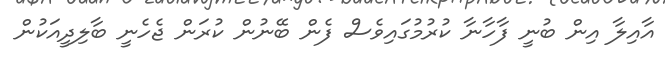
އާއިލާ އިން ބުނީ ފާހާނާ ކުރުމުގައިވެސް ފެން ބޭނުން ކުރަން ޖެހެނީ ބާލިދީއަކުން